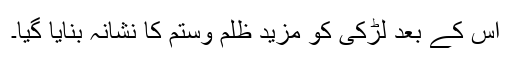
اس کے بعد لڑکی کو مزید ظلم وستم کا نشانہ بنایا گیا۔